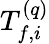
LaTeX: T_{f,i}^{(q)}